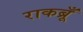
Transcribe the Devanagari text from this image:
राकब्रूँ